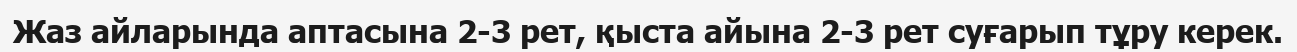
Жаз айларында аптасына 2-3 рет, қыста айына 2-3 рет суғарып тұру керек.